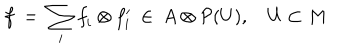
f \: = \: \sum _ { { i } } { f } _ { { i } } \otimes f _ { { i } } ^ { \prime } \: \in \: A \otimes { \cal P } ( U ) , \quad U \subset M